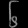
Digit: ၆